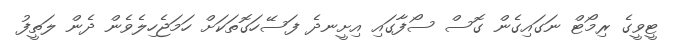
ޓީވީގެ ރިމޯޓް ނަގައިގެން ގޮސް ސޯފާގައި އިށީނދެ ފަސޭހަގޮތަކަށް ހަމަޖެހިލެވެން ދެން ލަތީފު